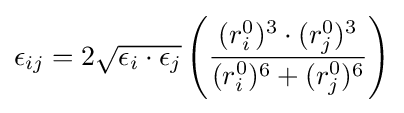
\epsilon _{ij}=2{\sqrt {\epsilon _{i}\cdot \epsilon _{j}}}\left({\frac {(r_{i}^{0})^{3}\cdot (r_{j}^{0})^{3}}{(r_{i}^{0})^{6}+(r_{j}^{0})^{6}}}\right)